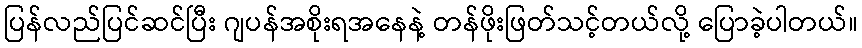
ပြန်လည်ပြင်ဆင်ပြီး ဂျပန်အစိုးရအနေနဲ့ တန်ဖိုးဖြတ်သင့်တယ်လို့ ပြောခဲ့ပါတယ်။